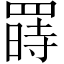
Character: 𱻇